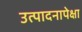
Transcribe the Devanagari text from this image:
उत्पादनापेक्षा